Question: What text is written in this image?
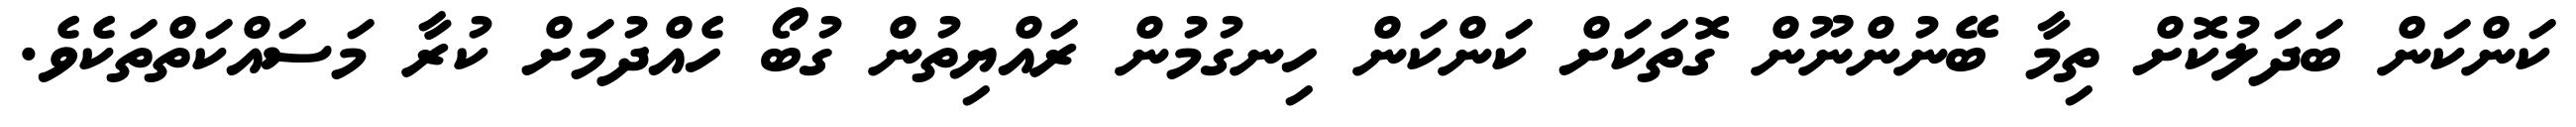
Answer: ކަންކަން ބަދަލުކޮށް ތިމާ ބޭނުންނޫން ގޮތަކަށް ކަންކަން ހިނގުމުން ރައްޔިތުން ގުބޯ ހެއްދުމަށް ކުރާ މަސައްކަތްތަކެވެ.